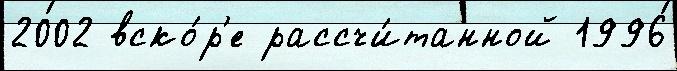
2002 вско́р'е рассчи́танной 1996